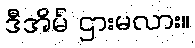
ဒီအိမ် ဌားမလား။